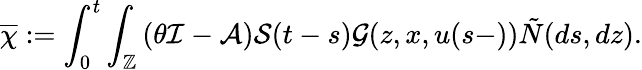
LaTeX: \displaystyle\overline{{\chi}}:=\int_{0}^{t}\int_{\mathbb{Z}}\left(\theta\mathcal{I}-\mathcal{A}\right)\mathcal{S}(t-s)\mathcal{G}(z,x,u(s-))\tilde{N}(ds,dz).